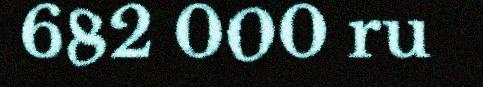
682 000 ru